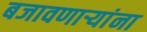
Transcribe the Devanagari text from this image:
बजावणाऱ्यांना